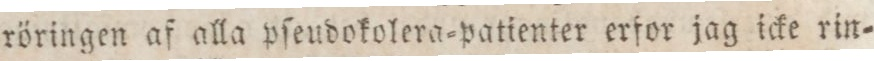
röringen af alla pſeudokolera=patienter erfor jag icke rin=